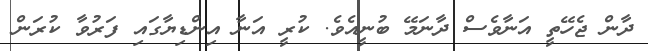
ދާން ޖެހޭތީ އަނާވެސް ދާނަމޭ ބުނީއެވެ. ކުރީ އަނާ އިންޑިޔާގައި ފަރުވާ ކުރަން